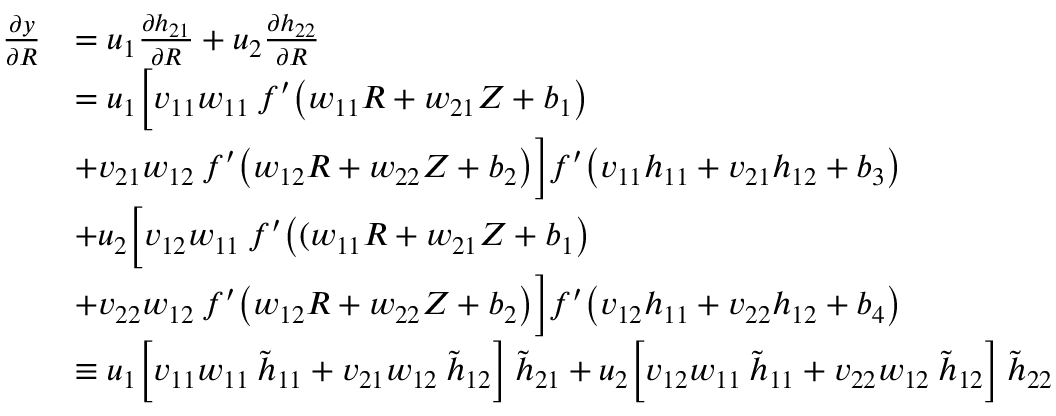
\begin{array} { r l } { \frac { \partial y } { \partial R } } & { = u _ { 1 } \frac { \partial h _ { 2 1 } } { \partial R } + u _ { 2 } \frac { \partial h _ { 2 2 } } { \partial R } } \\ & { = u _ { 1 } \biggl [ v _ { 1 1 } w _ { 1 1 } \: f ^ { \prime } \big ( w _ { 1 1 } R + w _ { 2 1 } Z + b _ { 1 } \big ) } \\ & { + v _ { 2 1 } w _ { 1 2 } \: f ^ { \prime } \big ( w _ { 1 2 } R + w _ { 2 2 } Z + b _ { 2 } \big ) \biggl ] f ^ { \prime } \big ( v _ { 1 1 } h _ { 1 1 } + v _ { 2 1 } h _ { 1 2 } + b _ { 3 } \big ) } \\ & { + u _ { 2 } \biggl [ v _ { 1 2 } w _ { 1 1 } \: f ^ { \prime } \big ( ( w _ { 1 1 } R + w _ { 2 1 } Z + b _ { 1 } \big ) } \\ & { + v _ { 2 2 } w _ { 1 2 } \: f ^ { \prime } \big ( w _ { 1 2 } R + w _ { 2 2 } Z + b _ { 2 } \big ) \biggl ] f ^ { \prime } \big ( v _ { 1 2 } h _ { 1 1 } + v _ { 2 2 } h _ { 1 2 } + b _ { 4 } \big ) } \\ & { \equiv u _ { 1 } \Big [ v _ { 1 1 } w _ { 1 1 } \: \tilde { h } _ { 1 1 } + v _ { 2 1 } w _ { 1 2 } \: \tilde { h } _ { 1 2 } \Big ] \: \tilde { h } _ { 2 1 } + u _ { 2 } \Big [ v _ { 1 2 } w _ { 1 1 } \: \tilde { h } _ { 1 1 } + v _ { 2 2 } w _ { 1 2 } \: \tilde { h } _ { 1 2 } \Big ] \: \tilde { h } _ { 2 2 } } \end{array}